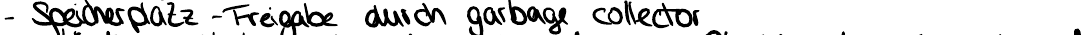
- Speicherplatz - Freigabe durch garbage collector